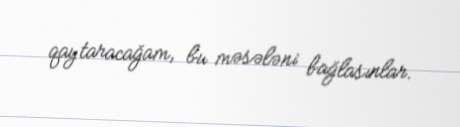
qaytaracağam, bu məsələni bağlasınlar.